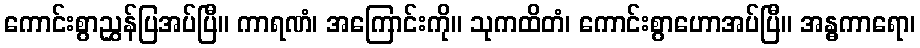
ကောင်းစွာညွှန်ပြအပ်ပြီ။ ကာရဏံ၊ အကြောင်းကို။ သုကထိတံ၊ ကောင်းစွာဟောအပ်ပြီ။ အန္ဓကာရော၊